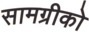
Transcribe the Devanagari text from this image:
सामग्रीको